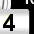
Digit: 3